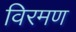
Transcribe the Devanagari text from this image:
विरमण